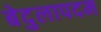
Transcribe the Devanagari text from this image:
बेदुलापदम